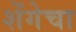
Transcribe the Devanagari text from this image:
शेंगेचा